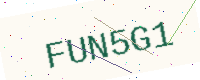
Text: FUN5G1